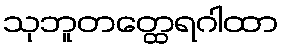
သုဘူတတ္ထေရဂါထာ